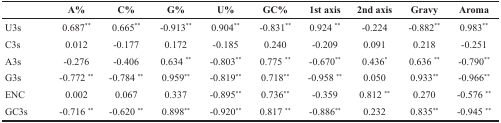
<table><thead><tr><td></td><td><b>A%</b></td><td><b>C%</b></td><td><b>G%</b></td><td><b>U%</b></td><td><b>GC%</b></td><td><b>1st axis</b></td><td><b>2nd axis</b></td><td><b>Gravy</b></td><td><b>Aroma</b></td></tr></thead><tbody><tr><td>U3s</td><td>0.687<sup>**</sup></td><td>0.665<sup>**</sup></td><td>-0.913<sup>**</sup></td><td>0.904<sup>**</sup></td><td>-0.831<sup>**</sup></td><td>0.924 <sup>**</sup></td><td>-0.224</td><td>-0.882<sup>**</sup></td><td>0.983<sup>**</sup></td></tr><tr><td>C3s</td><td>0.012</td><td>-0.177</td><td>0.172</td><td>-0.185</td><td>0.240</td><td>-0.209</td><td>0.091</td><td>0.218</td><td>-0.251</td></tr><tr><td>A3s</td><td>-0.276</td><td>-0.406</td><td>0.634 <sup>**</sup></td><td>-0.803<sup>**</sup></td><td>0.775 <sup>**</sup></td><td>-0.670<sup>**</sup></td><td>0.436*</td><td>0.636 <sup>**</sup></td><td>-0.790<sup>**</sup></td></tr><tr><td>G3s</td><td>-0.772 <sup>**</sup></td><td>-0.784 <sup>**</sup></td><td>0.959<sup>**</sup></td><td>-0.819<sup>**</sup></td><td>0.718<sup>**</sup></td><td>-0.958 <sup>**</sup></td><td>0.050</td><td>0.933<sup>**</sup></td><td>-0.966<sup>**</sup></td></tr><tr><td>ENC</td><td>0.002</td><td>0.067</td><td>0.337</td><td>-0.895<sup>**</sup></td><td>0.736<sup>**</sup></td><td>-0.359</td><td>0.812 <sup>**</sup></td><td>0.270</td><td>-0.576 <sup>**</sup></td></tr><tr><td>GC3s</td><td>-0.716 <sup>**</sup></td><td>-0.620 <sup>**</sup></td><td>0.898<sup>**</sup></td><td>-0.920<sup>**</sup></td><td>0.817 <sup>**</sup></td><td>-0.886<sup>**</sup></td><td>0.232</td><td>0.835<sup>**</sup></td><td>-0.945 <sup>**</sup></td></tr></tbody></table>